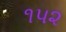
૧પ૨